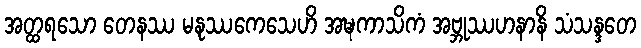
အတ္ထရသော တေနဿ မနုဿကေသေဟိ အဍ္ဎကာသိကံ အဗ္ဘုဿဟနာနိ သံသန္ဒတေ